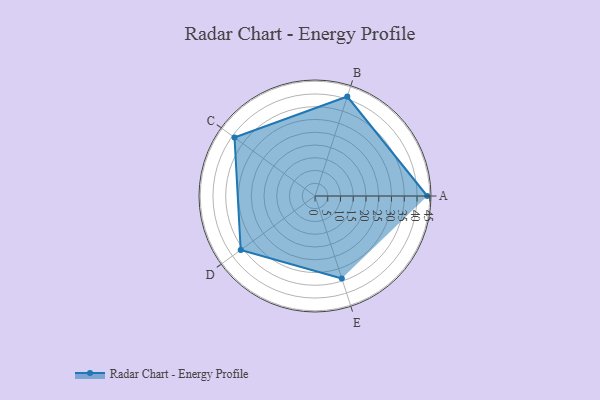
{"axis": {"x": "Skill", "y": "Score"}, "legend": ["Profile"], "data": [{"x": "A", "y": 44.0, "type": "Profile"}, {"x": "B", "y": 41.0, "type": "Profile"}, {"x": "C", "y": 39.0, "type": "Profile"}, {"x": "D", "y": 36.0, "type": "Profile"}, {"x": "E", "y": 34.0, "type": "Profile"}]}